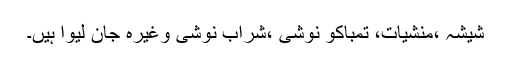
شیشہ ،منشیات، تمباکو نوشی ،شراب نوشی وغیرہ جان لیوا ہیں۔